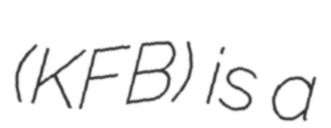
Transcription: (KFB) is a